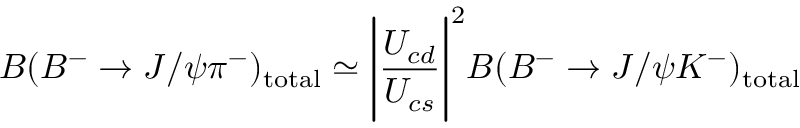
B ( B ^ { - } \rightarrow J / \psi \pi ^ { - } ) _ { \mathrm { t o t a l } } \simeq \Biggl | { \frac { U _ { c d } } { U _ { c s } } } \Biggr | ^ { 2 } B ( B ^ { - } \rightarrow J / \psi K ^ { - } ) _ { \mathrm { t o t a l } }